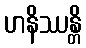
ဟနိဿန္တိ